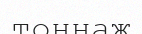
тоннаж